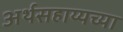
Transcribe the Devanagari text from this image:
अर्थसहाय्यच्या